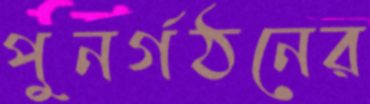
পুনর্গঠনের